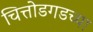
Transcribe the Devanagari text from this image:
चित्तोडगडच्या